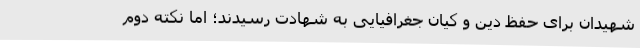
شهیدان برای حفظ دین و کیان جغرافیایی به شهادت رسیدند؛ اما نکته دوم